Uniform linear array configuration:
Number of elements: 64
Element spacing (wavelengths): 1
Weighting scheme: binomial
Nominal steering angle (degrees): -15
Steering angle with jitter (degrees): -13.408
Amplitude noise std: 0.05
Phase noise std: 0.05

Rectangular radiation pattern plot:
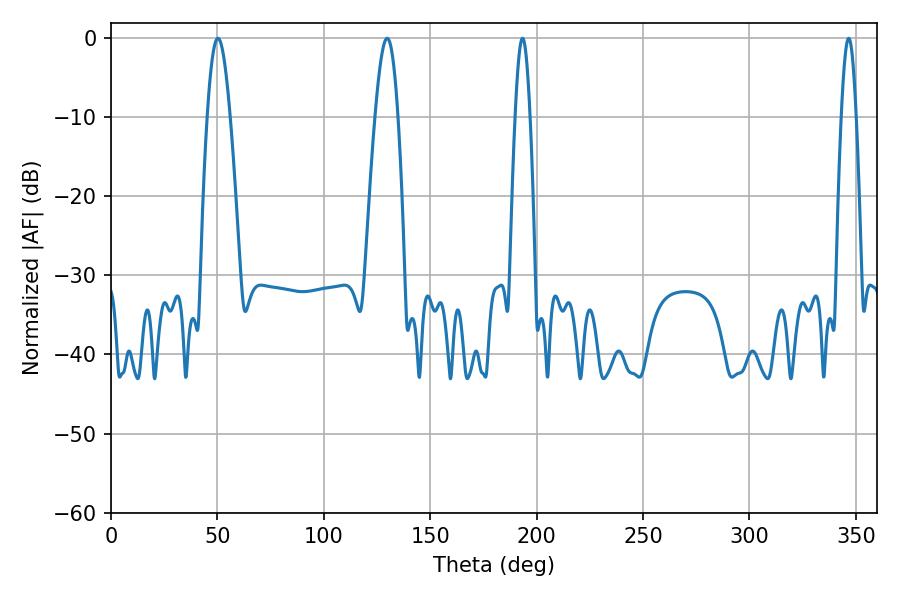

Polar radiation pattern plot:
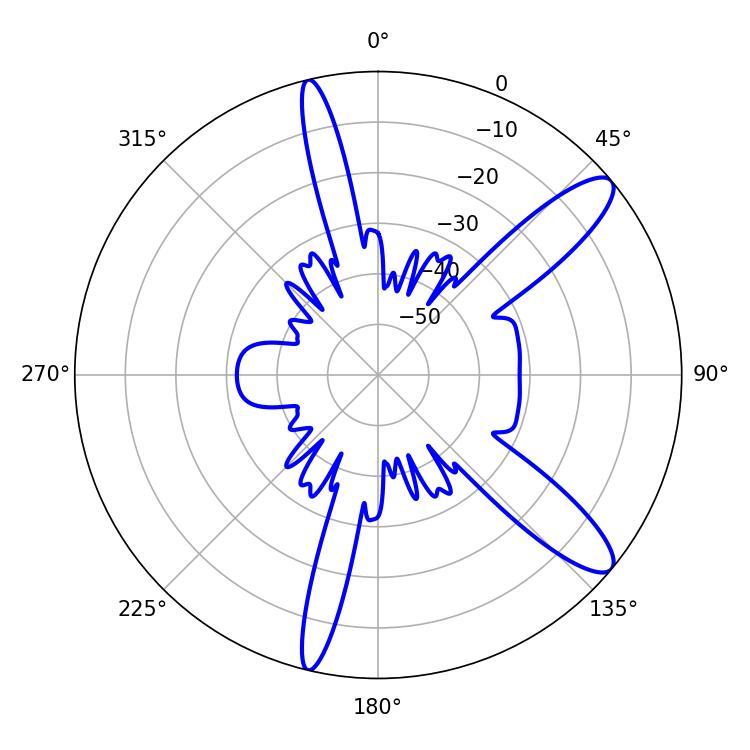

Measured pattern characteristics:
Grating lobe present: TRUE
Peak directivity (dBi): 11.628
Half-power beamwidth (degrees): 5.76
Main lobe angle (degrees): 50.22